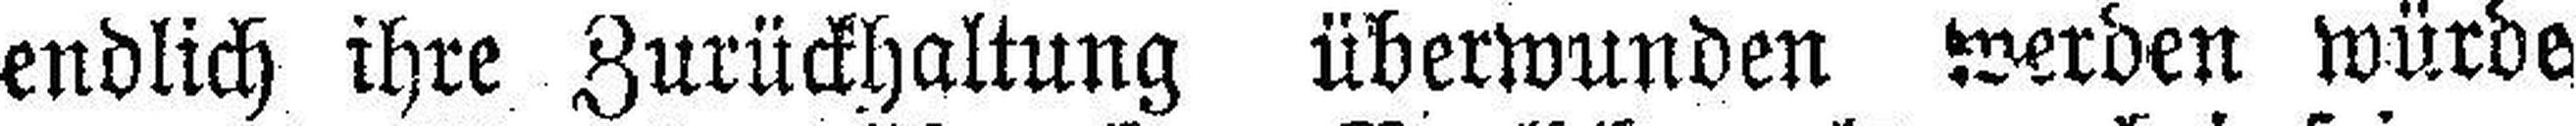
endlich ihre Zurückhaltung überwunden werden würde